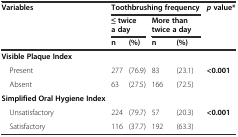
<table><thead><tr><td rowspan="3"><b>Variables</b></td><td colspan="4"><b>Toothbrushing frequency</b></td><td rowspan="3"><b><i>p</i>value*</b></td></tr><tr><td colspan="2"><b>≤ twice a day</b></td><td colspan="2"><b>More than twice a day</b></td></tr><tr><td><b>n</b></td><td><b>(%)</b></td><td><b>n</b></td><td><b>(%)</b></td></tr></thead><tbody><tr><td><b>Visible Plaque Index</b></td><td></td><td></td><td></td><td></td><td></td></tr><tr><td> Present</td><td>277</td><td>(76.9)</td><td>83</td><td>(23.1)</td><td rowspan="2"><b>&lt;0.001</b></td></tr><tr><td> Absent</td><td>63</td><td>(27.5)</td><td>166</td><td>(72.5)</td></tr><tr><td><b>Simplified Oral Hygiene Index</b></td><td></td><td></td><td></td><td></td><td></td></tr><tr><td> Unsatisfactory</td><td>224</td><td>(79.7)</td><td>57</td><td>(20.3)</td><td rowspan="2"><b>&lt;0.001</b></td></tr><tr><td> Satisfactory</td><td>116</td><td>(37.7)</td><td>192</td><td>(63.3)</td></tr></tbody></table>